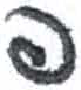
אות: פ